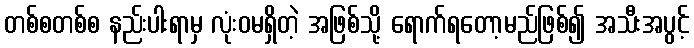
တစ်စတစ်စ နည်းပါးရာမှ လုံးဝမရှိတဲ့ အဖြစ်သို့ ရောက်ရတော့မည်ဖြစ်၍ အသီးအပွင့်